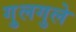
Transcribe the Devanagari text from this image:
गु्लगुले